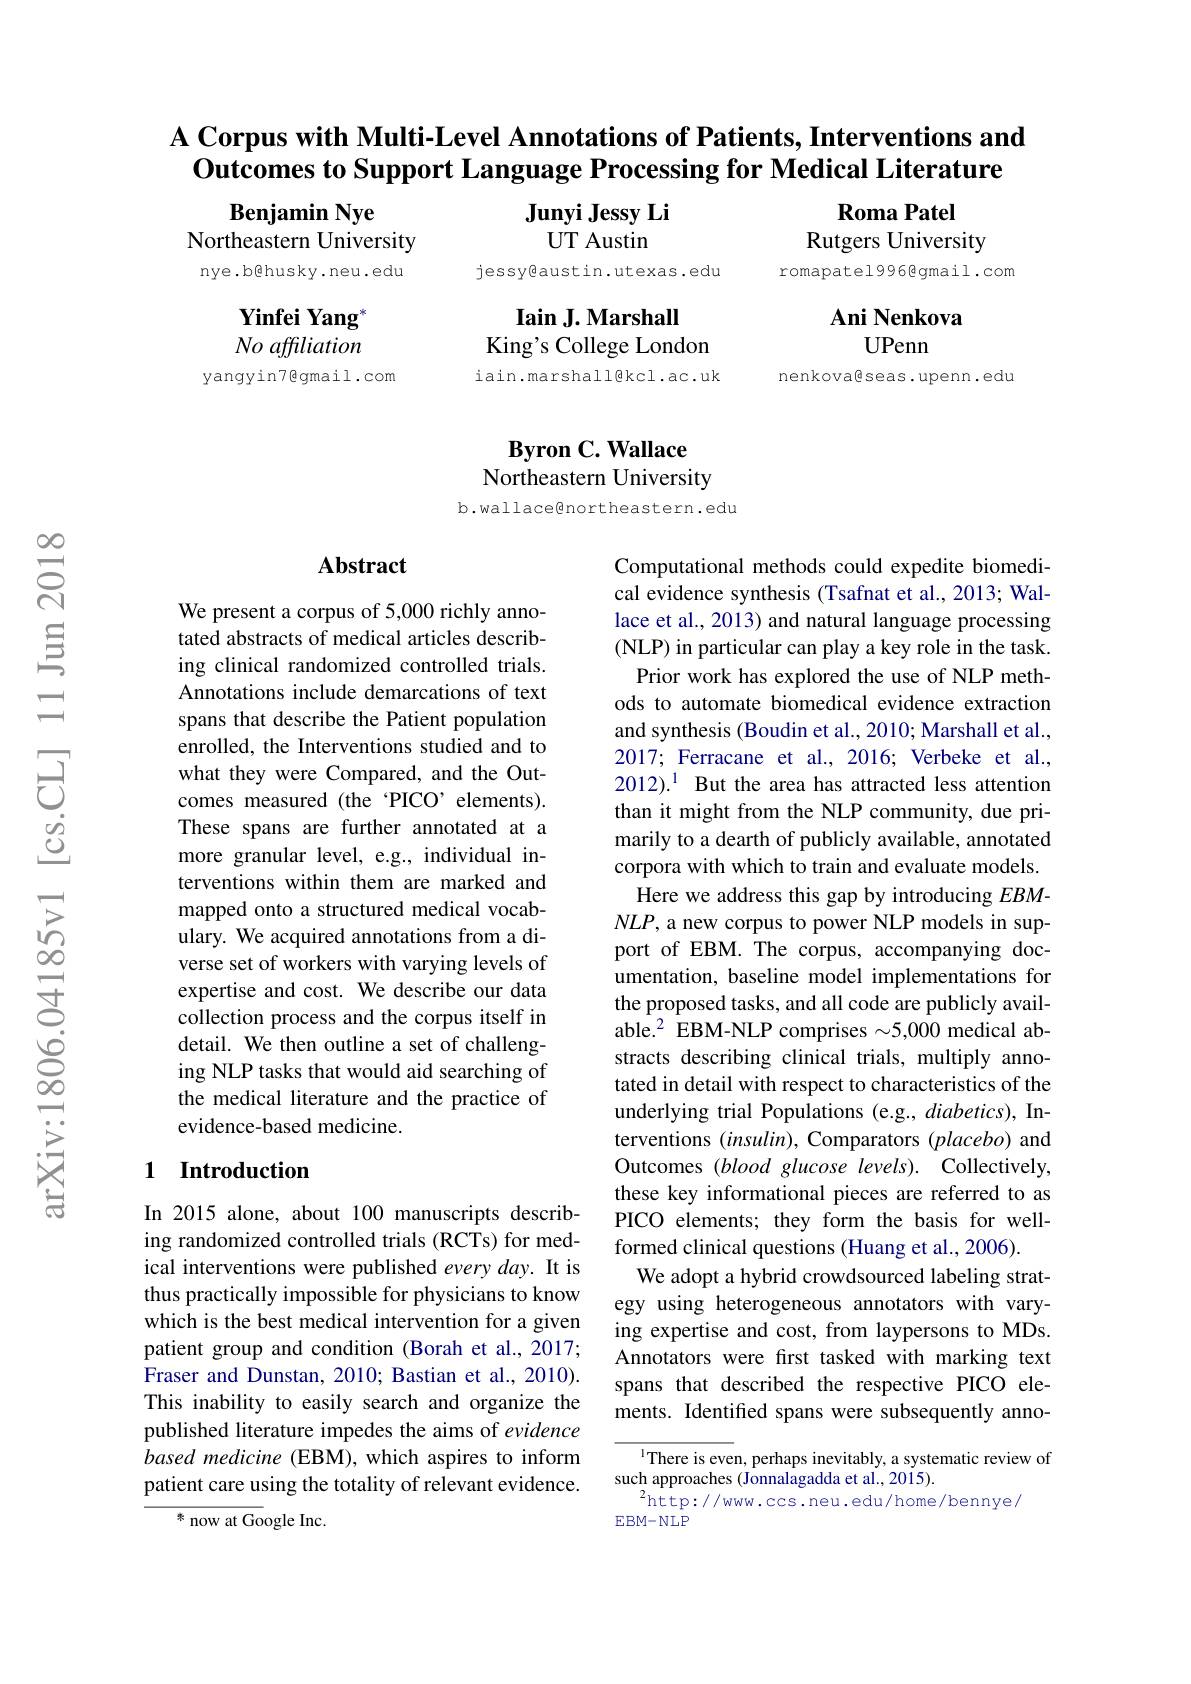
$స్లి$

$\textbf{A Corpus with Multi- Level Annotations of Patients, Interventions and}$
Outcomes to Support Language Processing for Medical Literature

Junyi Jessy Li
UT Austin

Benjamin Nye
Northeastern University nye.b@husky.neu.edu

Roma Patel
Rutgers University
romapatel99668gmail.com

jessy@austin.utexas.edu

Ani Nenkova
UPenn

$\textbf{Iain J. Marshall}$
King's College London iain.marshall@kcl.ac.uk

Yinfei Yang" No affiliation
yangyin7êgmail.com

nenkovagseas.upenn.edu

# Byron C. Wallace Northeastern University

b.wallace@northeastern.edu

### $\mathbf{Abstract}$

We present a corpus of 5,000 richly annotated abstracts of medical articles describing clinical randomized controlled trials. Annotations include demarcations of text spans that describe the Patient population enrolled, the Interventions studied and to what they were Compared, and the Outcomes measured (the 'PICO’elements). These spans are further annotated at a more granular level, e.g., individual interventions within them are marked and mapped onto a structured medical vocabulary. We acquired annotations from a diverse set of workers with varying levels of expertise and cost. We describe our data collection process and the corpus itself in detail. We then outline a set of challenging NLP tasks that would aid searching of the medical literature and the practice of evidence-based medicine.

Computational methods could expedite biomedical evidence synthesis (Tsafnat et al., 2013; Wallace et al., 2013) and natural language processing (NLP) in particular can play a key role in the task. Prior work has explored the use of NLP meth-
ods to automate biomedical evidence extraction and synthesis (Boudin et al., 2010; Marshall et al., 2017; Ferracane et al., 2016; Verbeke et al., 2012).$^{1}$ But the area has attracted less attention than it might from the NLP community, due primarily to a dearth of publicly available, annotated corpora with which to train and evaluate models. Here we address this gap by introducing $EBM-$ $NLP$,a new corpus to power NLP models in support of EBM. The corpus, accompanying documentation, baseline model implementations for the proposed tasks, and all code are publicly available.$^2$ EBM-NLP comprises $\sim5,000$ medical abstracts describing clinical trials, multiply annotated in detail with respect to characteristics of the underlying trial Populations (e.g., diabetics), Interventions $(insulin)$, Comparators $(placebo)$ and Outcomes (blood glucose levels). Collectively, these key informational pieces are referred to as PICO elements; they form the basis for wellformed clinical questions (Huang et al., 2006).
We adopt a hybrid crowdsourced labeling strategy using heterogeneous annotators with varying expertise and cost, from laypersons to MDs. Annotators were frst tasked with marking text spans that described the respective PICO elements. Identified spans were subsequently anno-
$^{1}$There is even, perhaps inevitably, a systematic review of

## 1 Introduction

In 2015 alone, about 100 manuscripts describing randomized controlled trials (RCTs) for medical interventions were published every day. It is thus practically impossible for physicians to know which is the best medical intervention for a given patient group and condition (Borah et al., 2017; Fraser and Dunstan, 2010; Bastian et al., 2010). This inability to easily search and organize the published literature impedes the aims of evidence based medicine (EBM), which aspires to inform patient care using the totality of relevant evidence.
米 now at Google Inc.

such approaches (Jonnalagadda et al., 2015).
$^2$http://www.ccs.neu.edu/home/bennye/
$\mathbb{E}$BM$-\mathbb{N}$LP